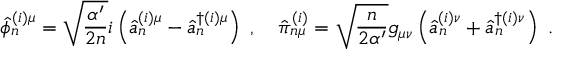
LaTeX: \hat { \phi } _ { n } ^ { ( i ) \mu } = \sqrt { \frac { \alpha ^ { \prime } } { 2 n } } i \left( \hat { a } _ { n } ^ { ( i ) \mu } - \hat { a } _ { n } ^ { \dagger ( i ) \mu } \right) ~ , \quad \hat { \pi } _ { n \mu } ^ { ( i ) } = \sqrt { \frac { n } { 2 \alpha ^ { \prime } } } g _ { \mu \nu } \left( \hat { a } _ { n } ^ { ( i ) \nu } + \hat { a } _ { n } ^ { \dagger ( i ) \nu } \right) ~ .